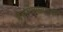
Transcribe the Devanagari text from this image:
दत्तारामांसारख्या